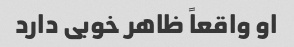
او واقعاً ظاهر خوبی دارد